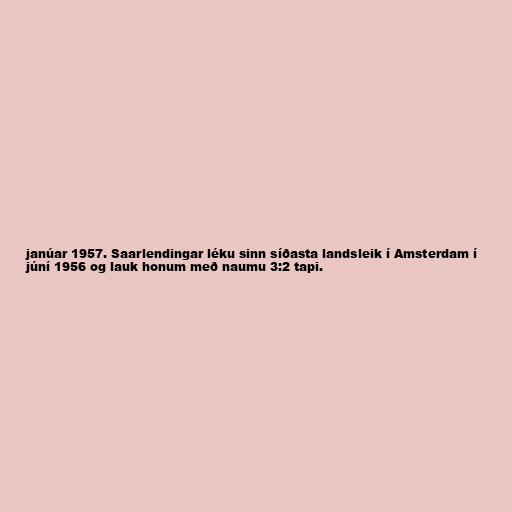
janúar 1957. Saarlendingar léku sinn síðasta landsleik í Amsterdam í
júní 1956 og lauk honum með naumu 3:2 tapi.